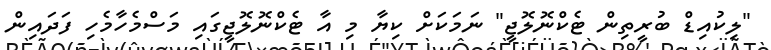
"ލިކުއިޑް ބުރީތިން ޓެކްނޮލޮޖީ" ނަމަކަށް ކިޔާ މި އާ ޓެކްނޮލޮޖީގައި މަސްމެހާމެހި ފަދައިން